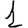
Digit: 1